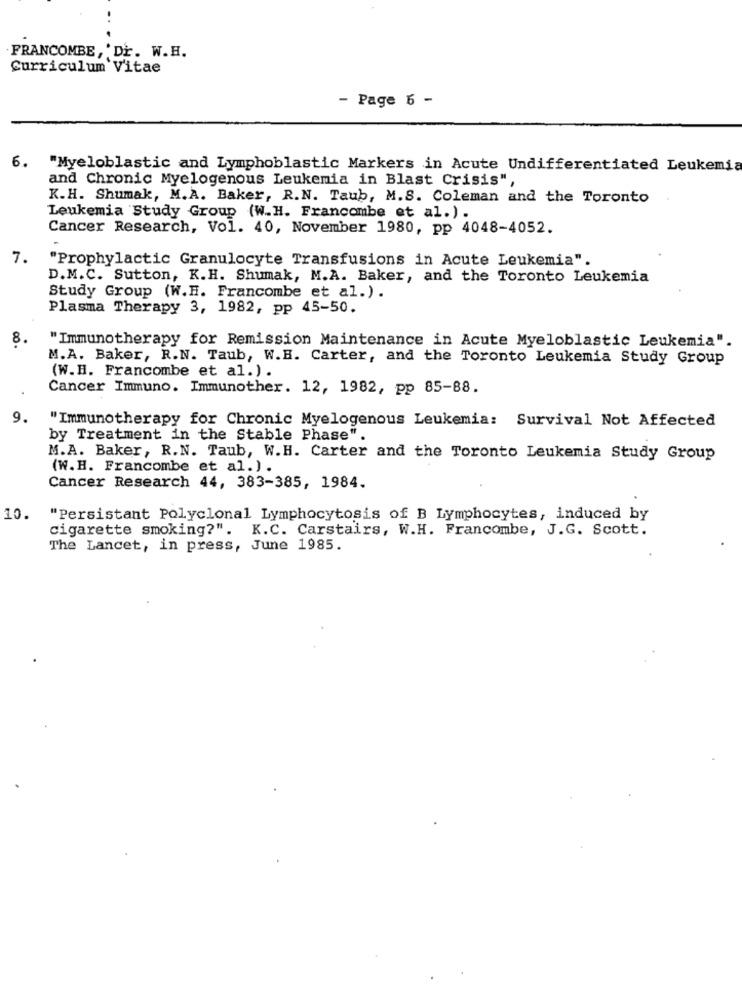
FRANCOMBE, 'Dr. W.H.
Curriculum Vitae
- Page 6 -
6. "Myeloblastic and Lymphoblastic Markers in Acute Undifferentiated Leukemia
and Chronic Myelogenous Leukemia in Blast Crisis",
K.H. Shumak, M.A. Baker, R.N. Taub, M.S. Coleman and the Toronto
Leukemia Study Group (W.H. Francombe et al.).
Cancer Research, Vol. 40, November 1980, pp 4048-4052.
7.
"Prophylactic Granulocyte Transfusions in Acute Leukemia".
D.M.C. Sutton, K.H. Shumak, M.A. Baker, and the Toronto Leukemia
Study Group (W.H. Francombe et al.).
Plasma Therapy 3, 1982, pp 45-50.
8.
"Immunotherapy for Remission Maintenance in Acute Myeloblastic Leukemia".
M.A. Baker, R.N. Taub, W.B. Carter, and the Toronto Leukemia Study Group
(W.H. Francombe et al.).
Cancer Immuno. Immunother. 12, 1982, pp 85-88.
9.
"Immunotherapy for Chronic Myelogenous Leukemia: Survival Not Affected
by Treatment in the Stable Phase".
M.A. Baker, R.N. Taub, W.H. Carter and the Toronto Leukemia Study Group
(W.H. Francombe et al.).
Cancer Research 44, 383-385, 1984.
10.
"Persistant Polyclonal Lymphocytosis of B Lymphocytes, induced by
cigarette smoking?". K.C. Carstairs, W.H. Francombe, J.G. Scott.
The Lancet, in press, June 1985.